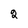
Character: 2